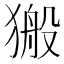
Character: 𤠍